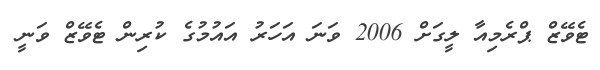
ޓެވޭޒް ޕްރެމިއާ ލީގަށް 2006 ވަނަ އަހަރު އައުމުގެ ކުރިން ޓެވޭޒް ވަނީ